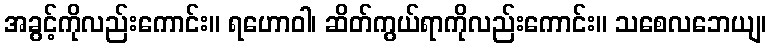
အခွင့်ကိုလည်းကောင်း။ ရဟောဝါ၊ ဆိတ်ကွယ်ရာကိုလည်းကောင်း။ သစေလဘေယျ၊